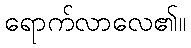
ရောက်လာလေ၏။